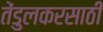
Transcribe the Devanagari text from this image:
तेंडुलकरसाठी